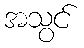
အသွင်